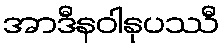
အာဒီနဝါနုပဿီ